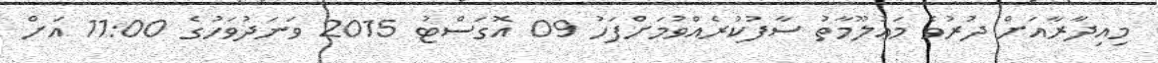
މިއިދާރާއަށް ދުރުވެ މަޢުލޫމާތު ސާފުކުރެއްވުމަށްފަހު 09 އޮގަސްޓު 2015 ވަނަދުވަހުގެ 11:00 އަށް